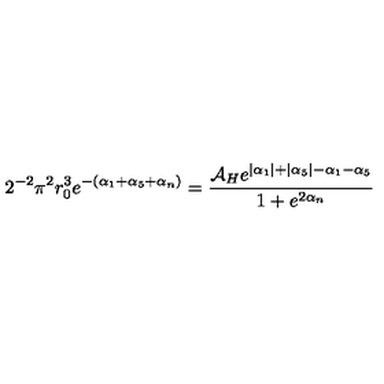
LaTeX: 2 ^ { - 2 } \pi ^ { 2 } r _ { 0 } ^ { 3 } e ^ { - ( \alpha _ { 1 } + \alpha _ { 5 } + \alpha _ { n } ) } = \frac { { \cal A } _ { H } e ^ { | \alpha _ { 1 } | + | \alpha _ { 5 } | - \alpha _ { 1 } - \alpha _ { 5 } } } { 1 + e ^ { 2 \alpha _ { n } } }